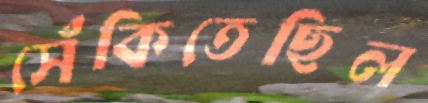
সেঁকিতেছিল